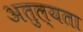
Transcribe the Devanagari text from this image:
अतुल्यता